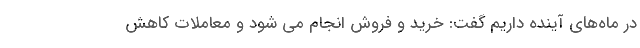
در ماه‌های آینده داریم گفت: خرید و فروش انجام می شود و معاملات کاهش